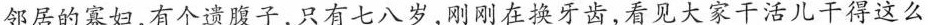
邻居的寡妇，有个遗腹子，只有七八岁，刚刚在换牙齿，看见大家干活儿干得这么